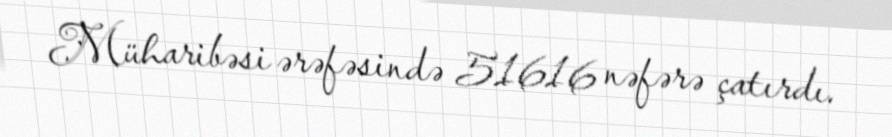
Müharibəsi ərəfəsində 51616 nəfərə çatırdı.